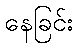
နေခြင်း